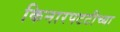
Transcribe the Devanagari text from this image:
किनारपटटीच्या